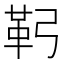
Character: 䩑